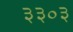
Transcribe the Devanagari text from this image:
३३०३